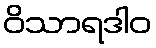
ဝိသာရဒါဝ